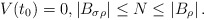
\begin{align*}V(t_0)=0,\left|B_{\sigma \rho}\right|\leq N \leq \left|B_\rho\right|.\end{align*}